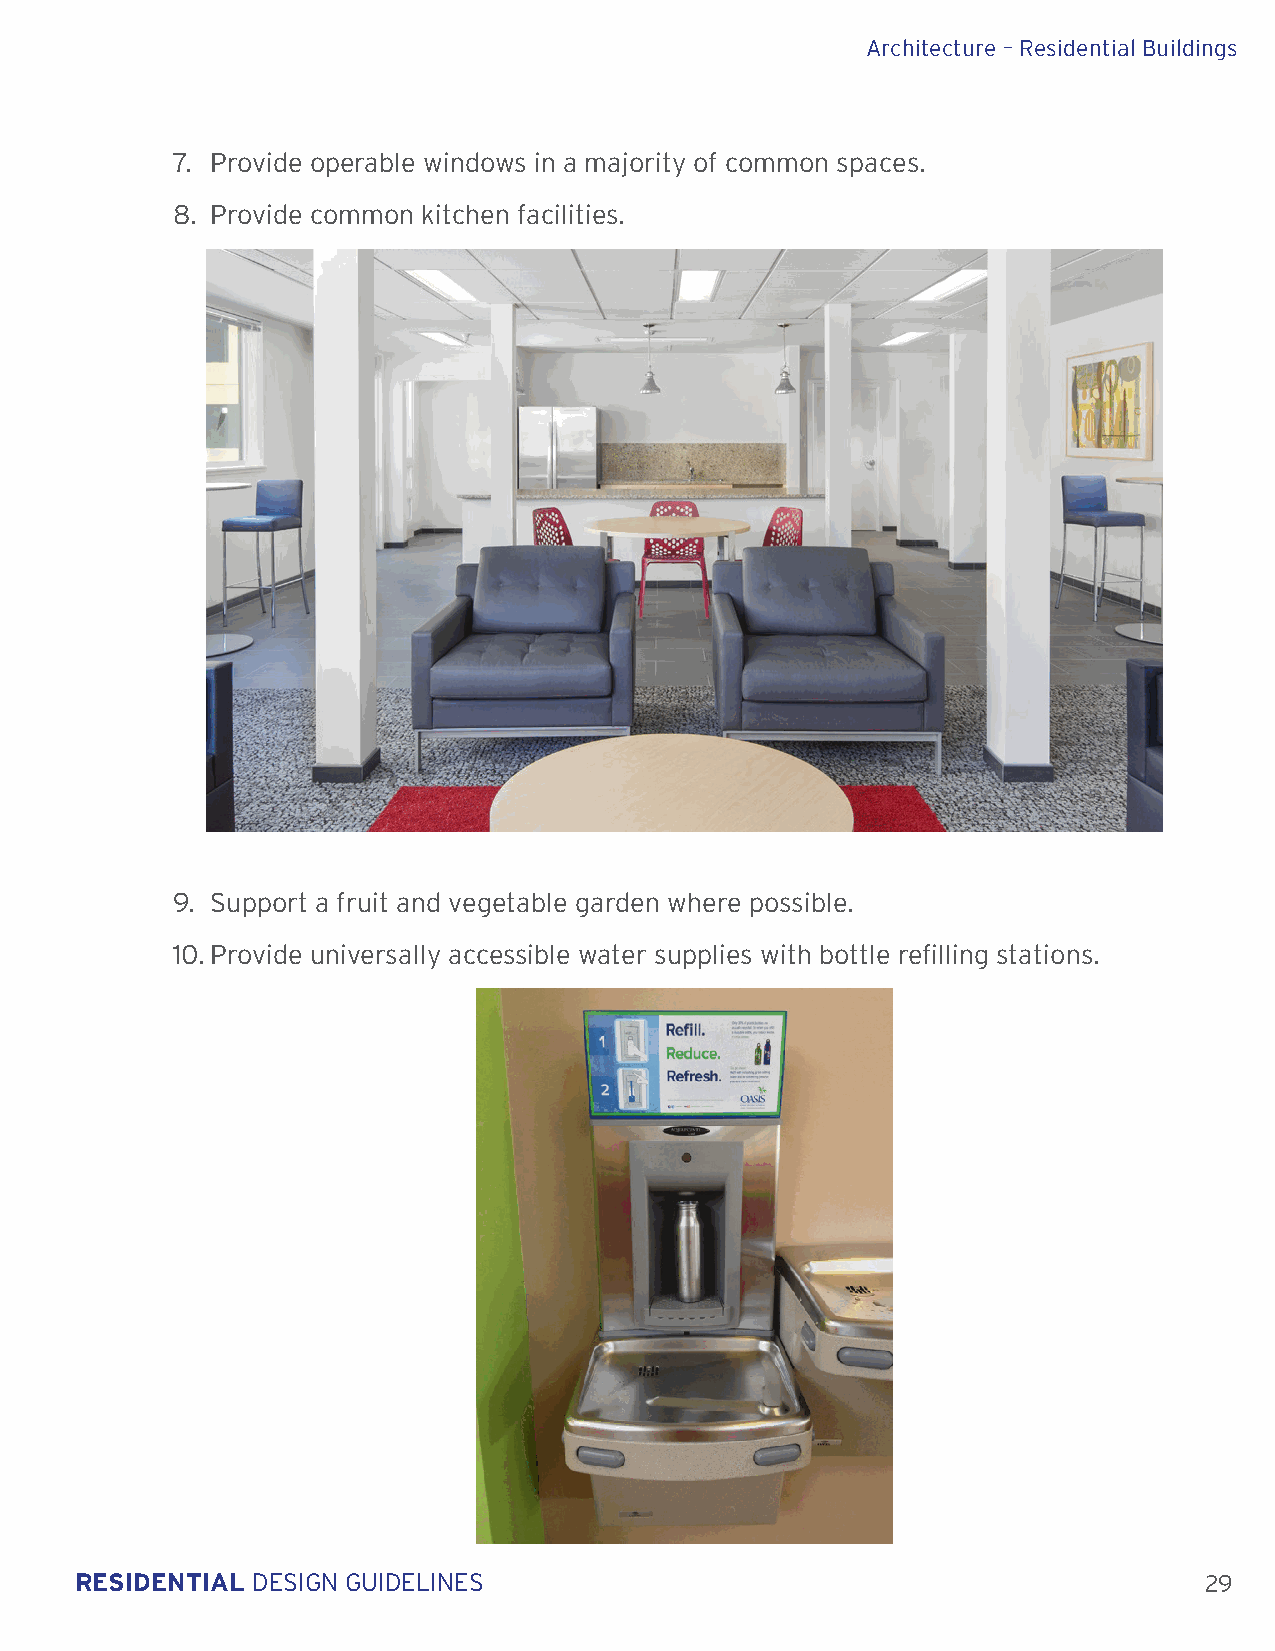
Architecture – Residential Buildings
 7. Provide operable windows in a majority of common spaces.
 8. Provide common kitchen facilities.
 9. Support a fruit and vegetable garden where possible.
 10. Provide universally accessible water supplies with bottle refilling stations.
 RESIDENTIAL DESIGN GUIDELINES                                              29